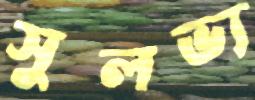
সুলভ্য